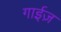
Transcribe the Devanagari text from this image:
गाईज़